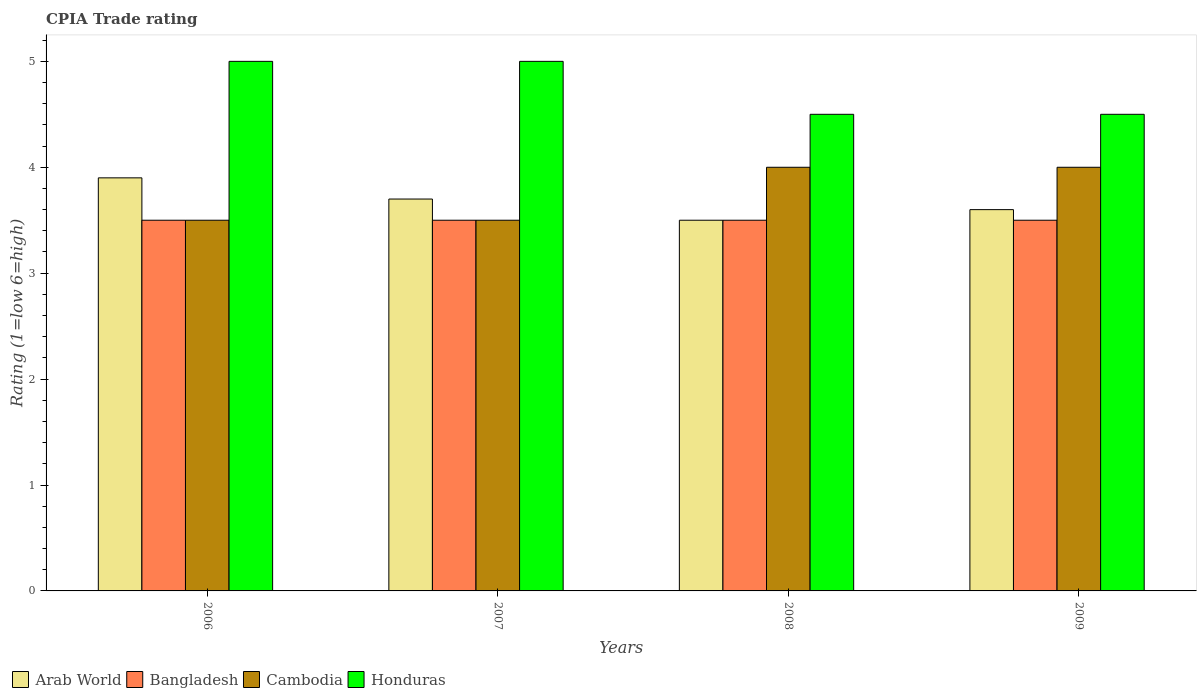
| Years | Arab World | Bangladesh | Cambodia | Honduras |
 | --- | --- | --- | --- | --- |
 | 2006 | 3.9 | 3.5 | 3.5 | 5 |
 | 2007 | 3.7 | 3.5 | 3.5 | 5 |
 | 2008 | 3.5 | 3.5 | 4 | 4.5 |
 | 2009 | 3.6 | 3.5 | 4 | 4.5 |